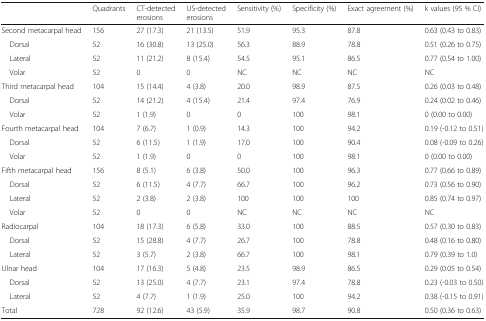
<table><thead><tr><td></td><td><b>Quadrants</b></td><td><b>CT-detected erosions</b></td><td><b>US-detected erosions</b></td><td><b>Sensitivity (%)</b></td><td><b>Specificity (%)</b></td><td><b>Exact agreement (%)</b></td><td><b>k values (95 % CI)</b></td></tr></thead><tbody><tr><td>Second metacarpal head</td><td>156</td><td>27 (17.3)</td><td>21 (13.5)</td><td>51.9</td><td>95.3</td><td>87.8</td><td>0.63 (0.43 to 0.83)</td></tr><tr><td> Dorsal</td><td>52</td><td>16 (30.8)</td><td>13 (25.0)</td><td>56.3</td><td>88.9</td><td>78.8</td><td>0.51 (0.26 to 0.75)</td></tr><tr><td> Lateral</td><td>52</td><td>11 (21.2)</td><td>8 (15.4)</td><td>54.5</td><td>95.1</td><td>86.5</td><td>0.77 (0.54 to 1.00)</td></tr><tr><td> Volar</td><td>52</td><td>0</td><td>0</td><td>NC</td><td>NC</td><td>NC</td><td>NC</td></tr><tr><td>Third metacarpal head</td><td>104</td><td>15 (14.4)</td><td>4 (3.8)</td><td>20.0</td><td>98.9</td><td>87.5</td><td>0.26 (0.03 to 0.48)</td></tr><tr><td> Dorsal</td><td>52</td><td>14 (21.2)</td><td>4 (15.4)</td><td>21.4</td><td>97.4</td><td>76.9</td><td>0.24 (0.02 to 0.46)</td></tr><tr><td> Volar</td><td>52</td><td>1 (1.9)</td><td>0</td><td>0</td><td>100</td><td>98.1</td><td>0 (0.00 to 0.00)</td></tr><tr><td>Fourth metacarpal head</td><td>104</td><td>7 (6.7)</td><td>1 (0.9)</td><td>14.3</td><td>100</td><td>94.2</td><td>0.19 (-0.12 to 0.51)</td></tr><tr><td> Dorsal</td><td>52</td><td>6 (11.5)</td><td>1 (1.9)</td><td>17.0</td><td>100</td><td>90.4</td><td>0.08 (-0.09 to 0.26)</td></tr><tr><td> Volar</td><td>52</td><td>1 (1.9)</td><td>0</td><td>0</td><td>100</td><td>98.1</td><td>0 (0.00 to 0.00)</td></tr><tr><td>Fifth metacarpal head</td><td>156</td><td>8 (5.1)</td><td>6 (3.8)</td><td>50.0</td><td>100</td><td>96.3</td><td>0.77 (0.66 to 0.89)</td></tr><tr><td> Dorsal</td><td>52</td><td>6 (11.5)</td><td>4 (7.7)</td><td>66.7</td><td>100</td><td>96.2</td><td>0.73 (0.56 to 0.90)</td></tr><tr><td> Lateral</td><td>52</td><td>2 (3.8)</td><td>2 (3.8)</td><td>100</td><td>100</td><td>100</td><td>0.85 (0.74 to 0.97)</td></tr><tr><td> Volar</td><td>52</td><td>0</td><td>0</td><td>NC</td><td>NC</td><td>NC</td><td>NC</td></tr><tr><td>Radiocarpal</td><td>104</td><td>18 (17.3)</td><td>6 (5.8)</td><td>33.0</td><td>100</td><td>88.5</td><td>0.57 (0.30 to 0.83)</td></tr><tr><td> Dorsal</td><td>52</td><td>15 (28.8)</td><td>4 (7.7)</td><td>26.7</td><td>100</td><td>78.8</td><td>0.48 (0.16 to 0.80)</td></tr><tr><td> Lateral</td><td>52</td><td>3 (5.7)</td><td>2 (3.8)</td><td>66.7</td><td>100</td><td>98.1</td><td>0.79 (0.39 to 1.0)</td></tr><tr><td>Ulnar head</td><td>104</td><td>17 (16.3)</td><td>5 (4.8)</td><td>23.5</td><td>98.9</td><td>86.5</td><td>0.29 (0.05 to 0.54)</td></tr><tr><td> Dorsal</td><td>52</td><td>13 (25.0)</td><td>4 (7.7)</td><td>23.1</td><td>97.4</td><td>78.8</td><td>0.23 (-0.03 to 0.50)</td></tr><tr><td> Lateral</td><td>52</td><td>4 (7.7)</td><td>1 (1.9)</td><td>25.0</td><td>100</td><td>94.2</td><td>0.38 (-0.15 to 0.91)</td></tr><tr><td>Total</td><td>728</td><td>92 (12.6)</td><td>43 (5.9)</td><td>35.9</td><td>98.7</td><td>90.8</td><td>0.50 (0.36 to 0.63)</td></tr></tbody></table>